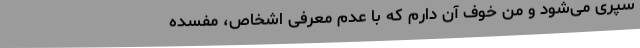
سپری‌ می‌شود و من‌ خوف‌ آن‌ دارم‌ که‌ با عدم‌ معرفی‌ اشخاص‌، مفسده‌